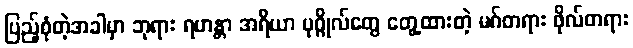
ပြည့်စုံတဲ့အခါမှာ ဘုရား ရဟန္တာ အရိယာ ပုဂ္ဂိုလ်တွေ တွေ့ထားတဲ့ မဂ်တရား ဖိုလ်တရား